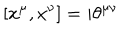
LaTeX: [ x ^ { \mu } , x ^ { \nu } ] = i \theta ^ { \mu \nu }